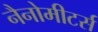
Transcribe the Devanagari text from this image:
नैनोमीटर्स